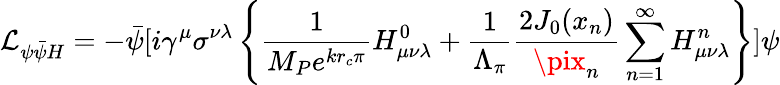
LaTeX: {\cal\mathcal{L}}_{\psi\bar{{\psi}}H}=-\bar{{\psi}}[i\gamma^{\mu}\sigma^{\nu\lambda}\left\{ \frac{{1}}{{M_{P}e^{kr_{c}\pi}}}H_{\mu\nu\lambda}^{0}+\frac{{1}}{{\Lambda_{\pi}}}\frac{{2J_{0}(x_{n})}}{{\pix_{n}}}\sum_{n=1}^{\infty}H_{\mu\nu\lambda}^{n}\right\} ]\psi